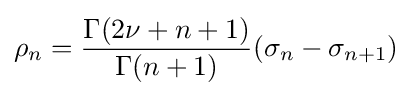
\rho _{n}={\frac {\Gamma (2\nu +n+1)}{\Gamma (n+1)}}(\sigma _{n}-\sigma _{n+1})